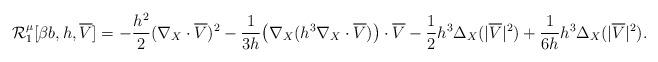
LaTeX: \begin{align*}\mathcal{R}_1^{\mu}[\beta b, h, \overline{V}] = - \frac{h^2}{2} (\nabla_X \cdot \overline{V})^2 - \frac{1}{3h}\big{(}\nabla_X(h^3 \nabla_X \cdot \overline{V})\big{)} \cdot \overline{V} - \frac{1}{2}h^3\Delta_X(|\overline{V}|^2) + \frac{1}{6h} h^3 \Delta_X (|\overline{V}|^2).\end{align*}